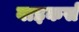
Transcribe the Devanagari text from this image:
वाइकर्स